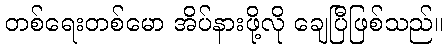
တစ်ရေးတစ်မော အိပ်နားဖို့လို ချေပြီဖြစ်သည်။